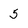
Character: 5